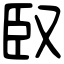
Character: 臤